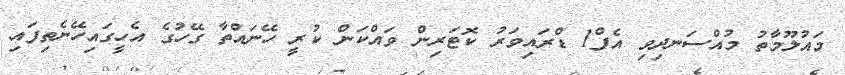
މައުލޫމާތު މުއްސަނދިވި އެފް1 ޑްރައިވަރު ކޮޓަރިން ވައްކަން ކުރީ ހޭނައްތާ ގޭހުގެ އެހީގައިހޭނެތިފައި